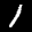
Label: 1